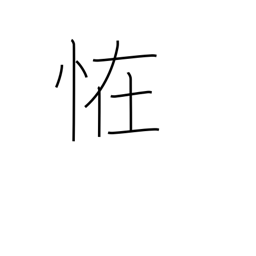
Meaning: mystery